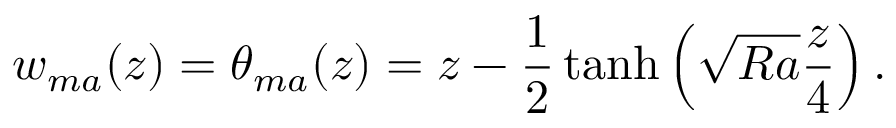
w _ { m a } ( z ) = \theta _ { m a } ( z ) = z - \frac { 1 } { 2 } \operatorname { t a n h } \left( \sqrt { R a } \frac { z } { 4 } \right) .